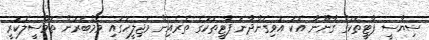
ސިޔާސީ ޕާޓީތަކުގެ ގާނޫނާ އެކު އުވިގެންދާނެ ޕާޓީތަކުގެ ތެރެއިން މަޖިލީހުގައި މެމްބަރުން ތަމްސީލުކުރީ